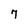
Character: 7